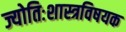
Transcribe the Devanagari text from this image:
ज्योतिःशास्त्रविषयक